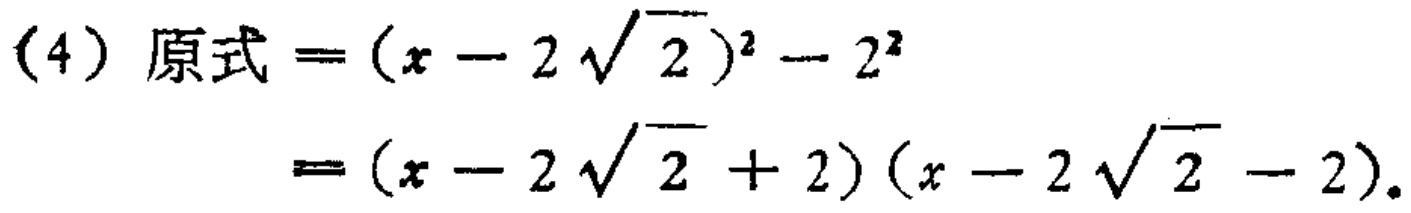
(4) 原式\(=(x - 2\sqrt{2})^2 - 2^2\)
\(=(x - 2\sqrt{2} + 2)(x - 2\sqrt{2} - 2)\)